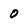
Character: O